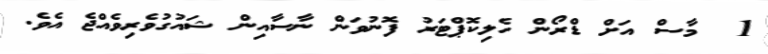
1  މާސް އަށް ޑްރޯން ހެލިކޮޕްޓަރު ފޮނުވަން ނާސާއިން ޝައުގުވެރިވެއްޖެ އެވެ.